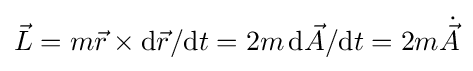
{\vec {L}}=m{\vec {r}}\times \mathrm {d} {\vec {r}}/\mathrm {d} t=2m\,\mathrm {d} {\vec {A}}/\mathrm {d} t=2m{\dot {\vec {A}}}